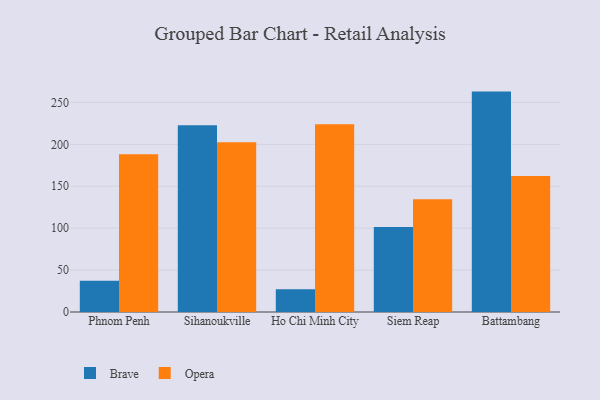
{"axis": {"x": "City", "y": "Latency (ms)"}, "legend": ["Brave", "Opera"], "data": [{"x": "Phnom Penh", "y": 37.2, "type": "Brave"}, {"x": "Phnom Penh", "y": 188.2, "type": "Opera"}, {"x": "Sihanoukville", "y": 222.8, "type": "Brave"}, {"x": "Sihanoukville", "y": 202.5, "type": "Opera"}, {"x": "Ho Chi Minh City", "y": 27.2, "type": "Brave"}, {"x": "Ho Chi Minh City", "y": 224.1, "type": "Opera"}, {"x": "Siem Reap", "y": 101.3, "type": "Brave"}, {"x": "Siem Reap", "y": 134.4, "type": "Opera"}, {"x": "Battambang", "y": 262.9, "type": "Brave"}, {"x": "Battambang", "y": 162.1, "type": "Opera"}]}